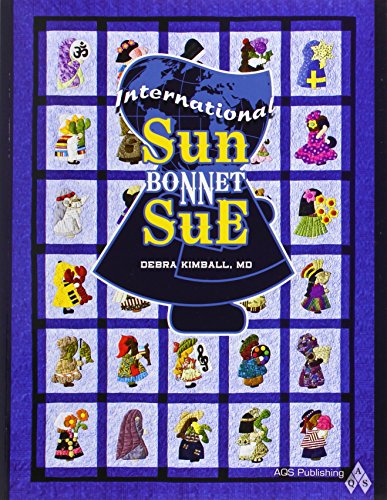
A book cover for International Sunbonnet Sue; Kimball; Crafts, Hobbies & Home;